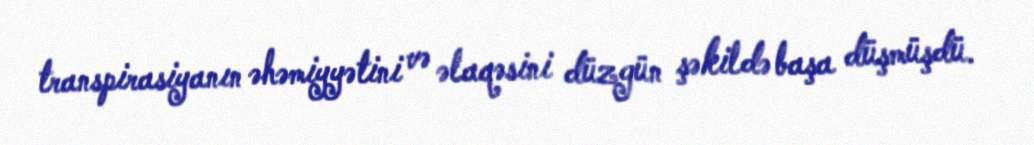
transpirasiyanın əhəmiyyətini və əlaqəsini düzgün şəkildə başa düşmüşdü.